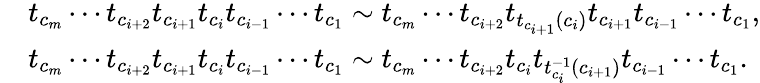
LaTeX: \begin{array}{rl}&{t_{c_{m}}\cdots t_{c_{i+2}}t_{c_{i+1}}t_{c_{i}}t_{c_{i-1}}\cdots t_{c_{1}}\sim t_{c_{m}}\cdots t_{c_{i+2}}t_{t_{c_{i+1}}(c_{i})}t_{c_{i+1}}t_{c_{i-1}}\cdots t_{c_{1}},}\\ &{t_{c_{m}}\cdots t_{c_{i+2}}t_{c_{i+1}}t_{c_{i}}t_{c_{i-1}}\cdots t_{c_{1}}\sim t_{c_{m}}\cdots t_{c_{i+2}}t_{c_{i}}t_{t_{c_{i}}^{-1}(c_{i+1})}t_{c_{i-1}}\cdots t_{c_{1}}.}\end{array}